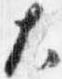
大